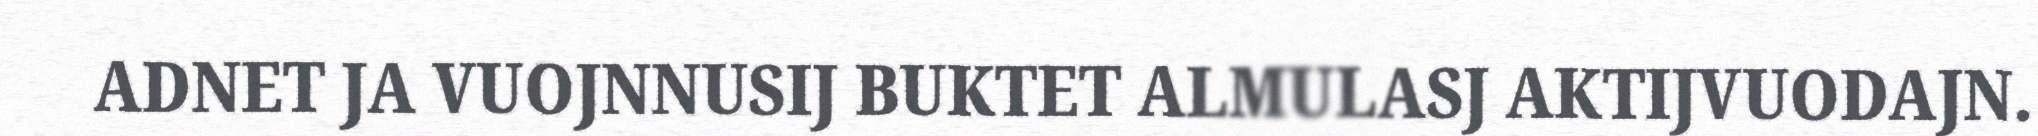
ADNET JA VUOJNNUSIJ BUKTET ALMULASJ AKTIJVUODAJN.